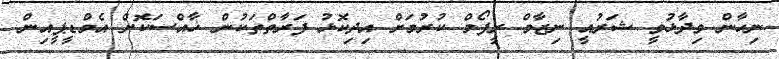
ނިހާން ވިދާޅުވީ ޝަރުއީ ނިޒާމް ރީފޯމް ކުރުމަށް އިދިކޮޅު ފަރާތްތަކުން ޚާއްސަކޮށް އެމްޑީޕީއިން